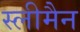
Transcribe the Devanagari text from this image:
स्‍लीमैन